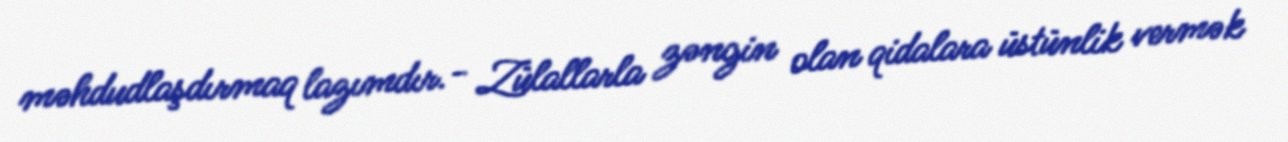
məhdudlaşdırmaq lazımdır.- Zülallarla zəngin olan qidalara üstünlik vermək